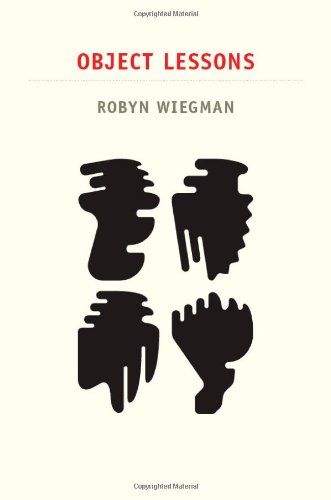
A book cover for Object Lessons (Next Wave: New Directions in Women's Studies); Robyn Wiegman; Gay & Lesbian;